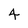
Character: 4